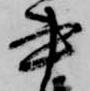
書